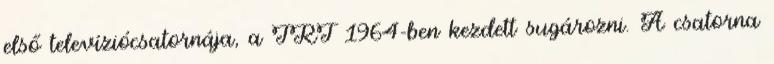
első televíziócsatornája, a TRT 1964-ben kezdett sugározni. A csatorna